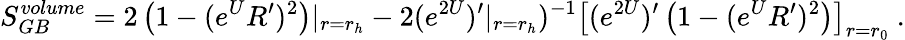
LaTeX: S_{GB}^{volume}=2\left(1-(e^{U}R^{\prime})^{2}\right)|_{r=r_{h}}-2(e^{2U})^{\prime}|_{r=r_{h}})^{-1}\left[(e^{2U})^{\prime}\left(1-(e^{U}R^{\prime})^{2}\right)\right]_{r=r_{0}}\ .